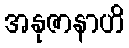
အနုဇာနာဟိ